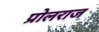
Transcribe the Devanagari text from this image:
प्रोलराज